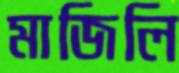
মাজিলি